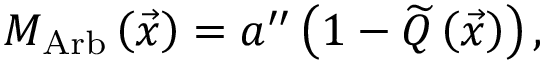
M _ { \mathrm { A r b } } \left( \vec { x } \right) = a ^ { \prime \prime } \left( 1 - \widetilde { Q } \left( \vec { x } \right) \right) ,